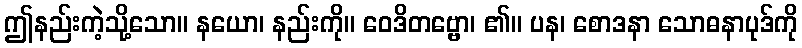
ဤနည်းကဲ့သို့သော။ နယော၊ နည်းကို။ ဝေဒိတဗ္ဗော၊ ၏။ ပန၊ စောဒနာ သောဓနာပုဒ်ကို